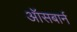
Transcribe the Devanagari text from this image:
ऑसबार्न